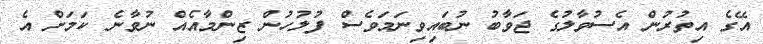
އޭގެ އިތުރުން އެސުވާލުގެ ޖަވާބު ނުބައިވިނަމަވެސް ފުލުހުން ޒިންމާއެއް ނުވާނެ ކަމަށް އެ